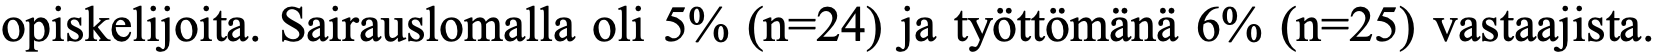
opiskelijoita. Sairauslomalla oli 5% (n=24) ja työttömänä 6% (n=25) vastaajista.